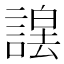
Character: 𮘮